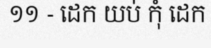
១១ - ដេក យប់ កុំ ដេក